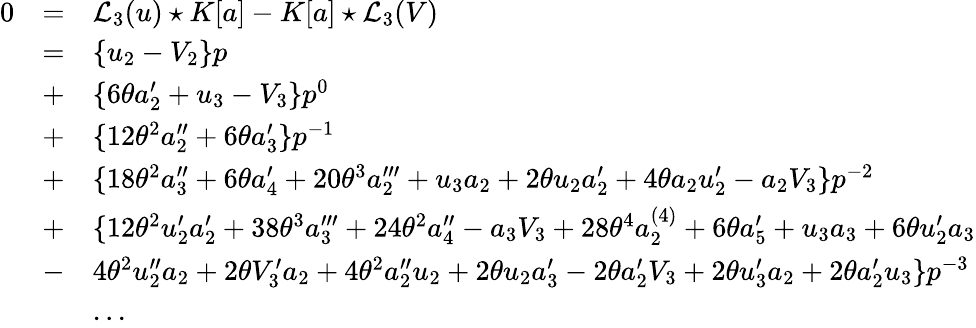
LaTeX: \begin{array}{lcl}{{0}}&{{=}}&{{{{\mathcal L}_{3}}(u)\star K[a]-K[a]\star{{\mathcal L}_{3}}(V)}}\\ {{}}&{{=}}&{{\{ u_{2}-V_{2}\} p}}\\ {{}}&{{+}}&{{\{ 6\theta a_{2}^{\prime}+u_{3}-V_{3}\} p^{0}}}\\ {{}}&{{+}}&{{\{ 12{\theta}^{2}a_{2}^{\prime\prime}+6\theta a_{3}^{\prime}\} p^{-1}}}\\ {{}}&{{+}}&{{\{ 18{\theta}^{2}a_{3}^{\prime\prime}+6\theta a_{4}^{\prime}+20{\theta}^{3}a_{2}^{\prime\prime\prime}+u_{3}a_{2}+2\theta u_{2}a_{2}^{\prime}+4\theta a_{2}u_{2}^{\prime}-a_{2}V_{3}\} p^{-2}}}\\ {{}}&{{+}}&{{\{ 12\theta^{2}u_{{2}}^{\prime}a_{{2}}^{\prime}+38{\theta}^{3}a_{3}^{\prime\prime\prime}+24{\theta}^{2}a_{4}^{\prime\prime}-a_{3}V_{3}+28{\theta}^{4}a_{2}^{(4)}+6{\theta}a_{5}^{\prime}+u_{3}a_{3}+6{\theta}u_{2}^{\prime}a_{3}}}\\ {{}}&{{-}}&{{4{\theta}^{2}u_{2}^{\prime\prime}a_{2}+2{\theta}V_{3}^{\prime}a_{2}+4{\theta}^{2}a_{2}^{\prime\prime}u_{2}+2{\theta}u_{2}a_{3}^{\prime}-2{\theta}a_{2}^{\prime}V_{3}+2{\theta}u_{3}^{\prime}a_{2}+2{\theta}a_{2}^{\prime}u_{3}\} p^{-3}}}\\ {{}}&{{}}&{{...}}\end{array}